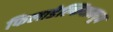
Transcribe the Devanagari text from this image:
फिलाडेल्फियामधून